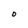
Character: O